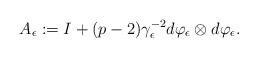
LaTeX: \begin{align*}A_{\epsilon}:=I+(p-2)\gamma_{\epsilon}^{-2}d\varphi_{\epsilon}\otimes d\varphi_{\epsilon}.\end{align*}